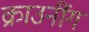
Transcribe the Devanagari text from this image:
क्राउनींग